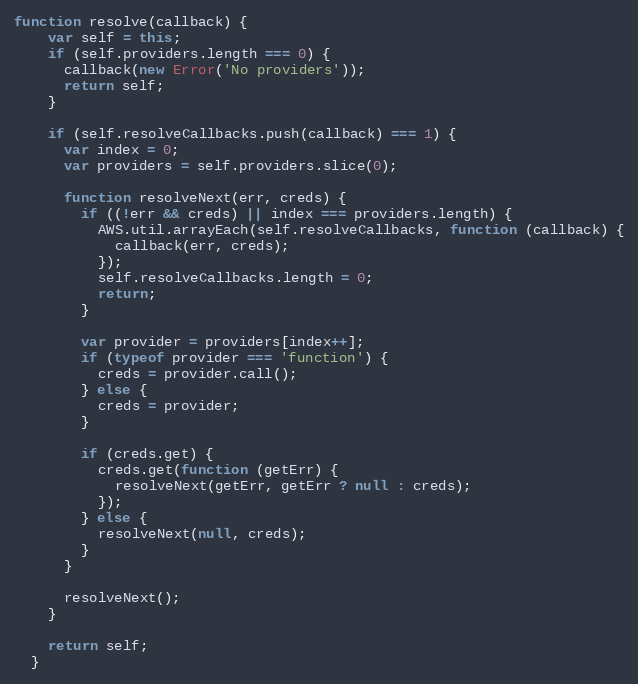
Language: JavaScript
function resolve(callback) {
    var self = this;
    if (self.providers.length === 0) {
      callback(new Error('No providers'));
      return self;
    }

    if (self.resolveCallbacks.push(callback) === 1) {
      var index = 0;
      var providers = self.providers.slice(0);

      function resolveNext(err, creds) {
        if ((!err && creds) || index === providers.length) {
          AWS.util.arrayEach(self.resolveCallbacks, function (callback) {
            callback(err, creds);
          });
          self.resolveCallbacks.length = 0;
          return;
        }

        var provider = providers[index++];
        if (typeof provider === 'function') {
          creds = provider.call();
        } else {
          creds = provider;
        }

        if (creds.get) {
          creds.get(function (getErr) {
            resolveNext(getErr, getErr ? null : creds);
          });
        } else {
          resolveNext(null, creds);
        }
      }

      resolveNext();
    }

    return self;
  }